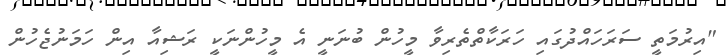
"އިރުމަތީ ސަރަހައްދުގައި ހަރަކާތްތެރިވާ މީހުން ބުނަނީ އެ މީހުންނަކީ ރަޝިއާ އިން ހަމަނުޖެހުން